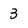
Character: 3